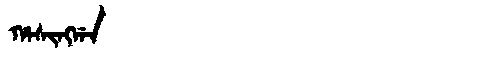
Manchu: ᡥᠠᠰᡳᠩᡤᠠ
Romanization: HASINGGA